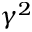
\gamma ^ { 2 }